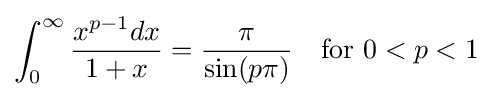
\int _{0}^{\infty }{\frac {x^{p-1}dx}{1+x}}={\frac {\pi }{\sin(p\pi )}}\quad {\text{for }}0<p<1